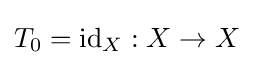
T_{0}=\mathrm {id} _{X}:X\rightarrow X